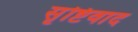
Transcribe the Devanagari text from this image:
सृष्टिवाद